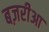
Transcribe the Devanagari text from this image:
बज़रीआ